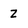
Character: Z